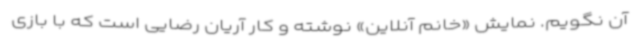
آن نگویم. نمایش «خانم آنلاین» نوشته و کار آریان رضایی است که با بازی